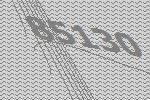
85130